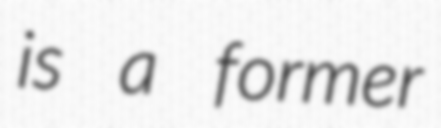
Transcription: is a former